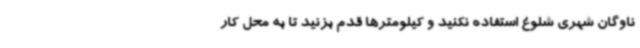
ناوگان شهری شلوغ استفاده نکنید و کیلومترها قدم بزنید تا به محل کار